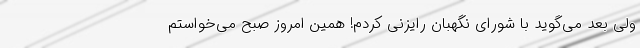
ولی بعد می‌گوید با شورای نگهبان رایزنی کردم! همین امروز صبح می‌خواستم